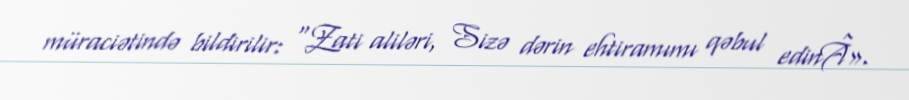
müraciətində bildirilir: “Zati aliləri, Sizə dərin ehtiramımı qəbul edinÂ».